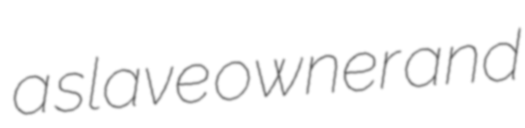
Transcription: a slave owner and